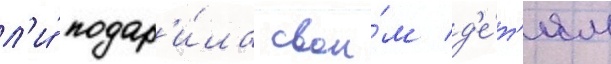
л'и́ подар'и́ла свои́м д'е́т'ям